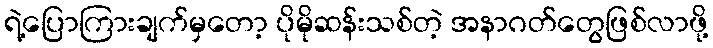
ရဲ့ပြောကြားချက်မှတော့ ပိုမိုဆန်းသစ်တဲ့ အနာဂတ်တွေဖြစ်လာဖို့